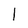
Character: l